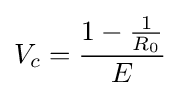
V_{c}={\frac {1-{\frac {1}{R_{0}}}}{E}}